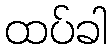
ထပ်ခါ